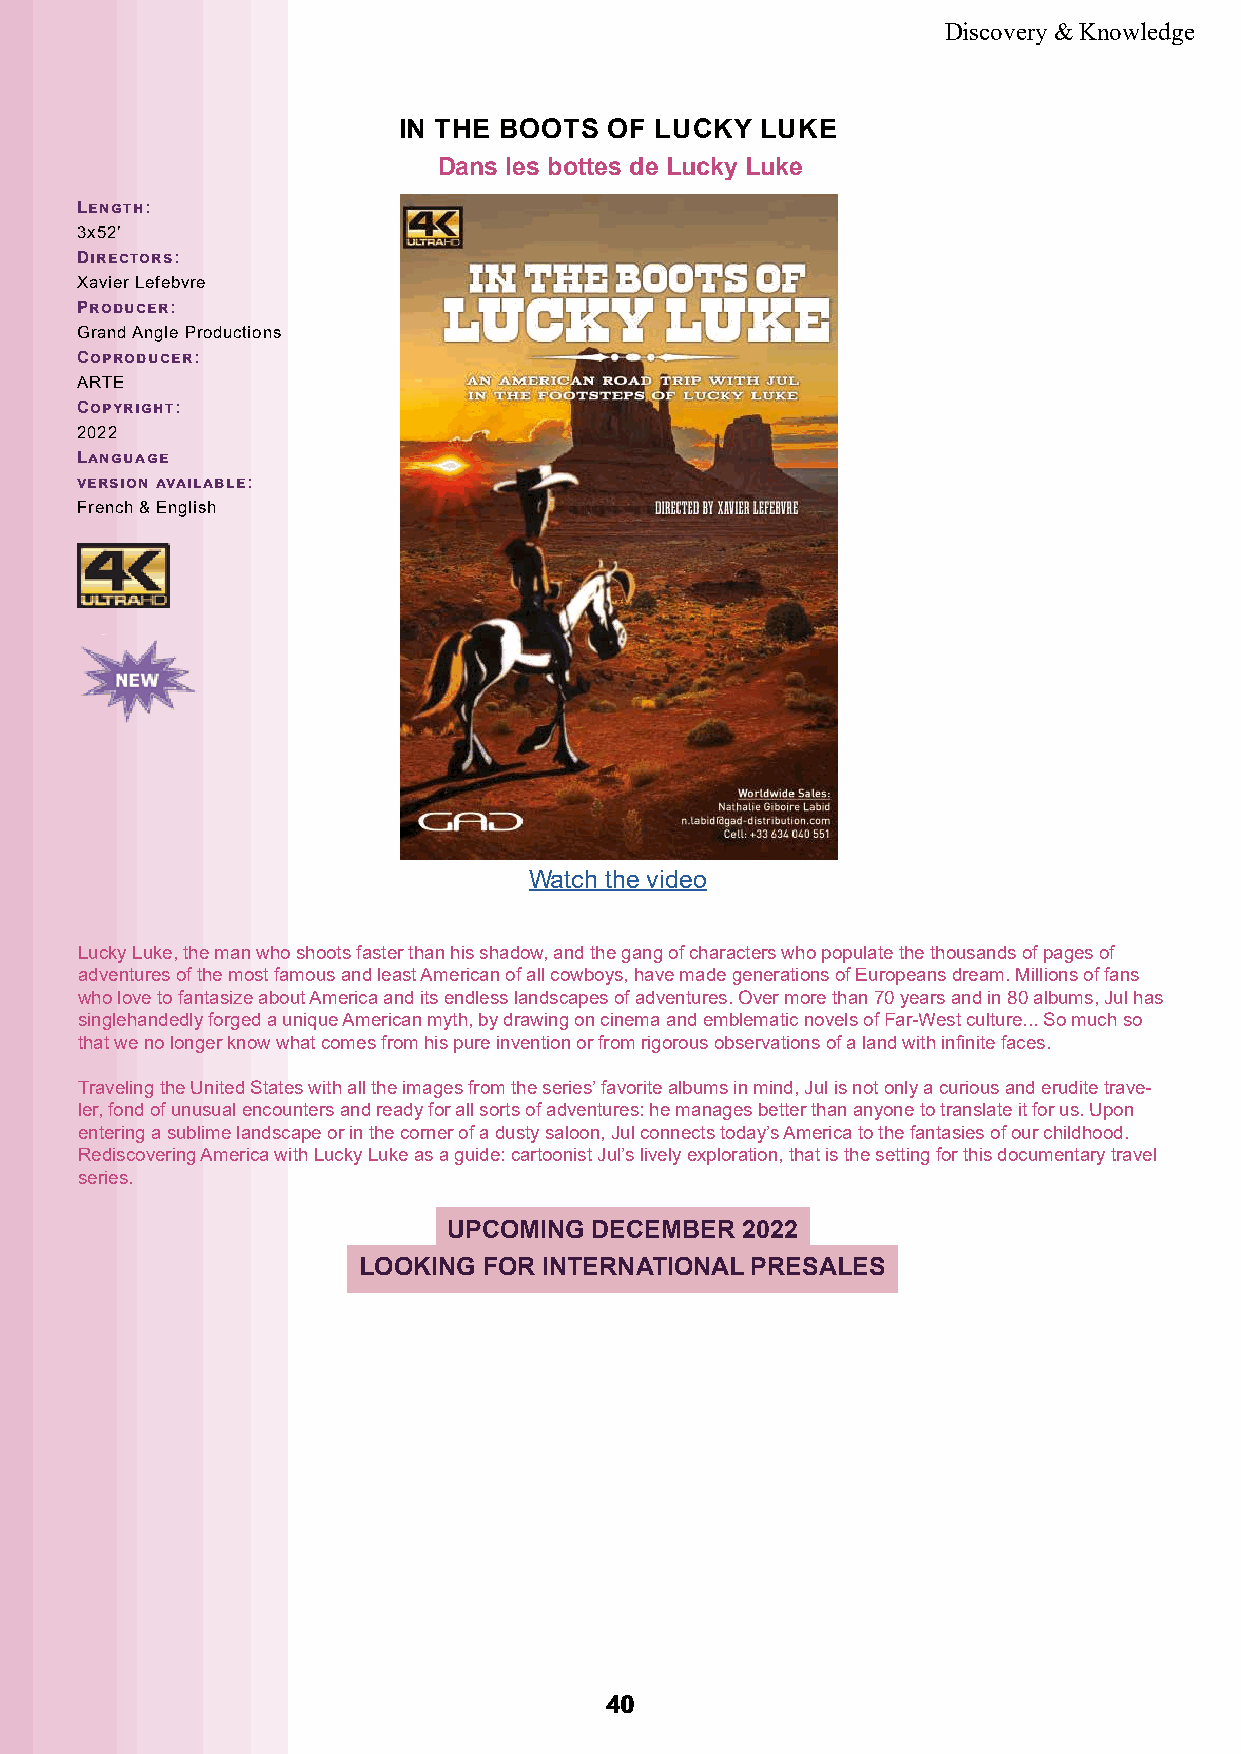
Discovery & Knowledge
 IN THE BOOTS  OF LUCKY  LUKE
 Dans les bottes de Lucky Luke
 Length:
 3x52’
 Directors:
 Xavier Lefebvre
 Producer:
 Grand Angle Productions
 Coproducer:
 ARTE
 Copyright:
 2022
 Language
 version available:
 French & English
 Watch the video
 Lucky Luke, the man who shoots faster than his shadow, and the gang of characters who populate the thousands of pages of
 adventures of the most famous and least American of all cowboys, have made generations of Europeans dream. Millions of fans
 who love to fantasize about America and its endless landscapes of adventures. Over more than 70 years and in 80 albums, Jul has
 singlehandedly forged a unique American myth, by drawing on cinema and emblematic novels of Far-West culture... So much so
 that we no longer know what comes from his pure invention or from rigorous observations of a land with infinite faces.
 Traveling the United States with all the images from the series’ favorite albums in mind, Jul is not only a curious and erudite trave-
 ler, fond of unusual encounters and ready for all sorts of adventures: he manages better than anyone to translate it for us. Upon
 entering a sublime landscape or in the corner of a dusty saloon, Jul connects today’s America to the fantasies of our childhood.
 Rediscovering America with Lucky Luke as a guide: cartoonist Jul’s lively exploration, that is the setting for this documentary travel
 series.
 UPCOMING DECEMBER  2022
 LOOKING FOR INTERNATIONAL PRESALES
 4400